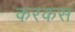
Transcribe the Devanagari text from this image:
करकस